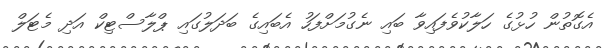
އެގޮތުން ހުޅުގެ ހަލާކުވެފައިވާ ބައި ނެގުމަށްފަހު އެބައިގެ ބަދަލުގައި ޕްލާސްޓިކް އަދި މެޓަލް